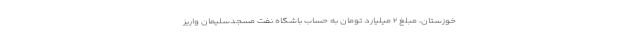
خوزستان، مبلغ ۲ میلیارد تومان به حساب باشگاه نفت مسجدسلیمان واریز